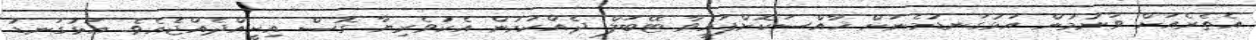
އެތެރެއަށް ވަނުމުން އަޅުގަނޑުމެނަށް ޚާއްސަކޮށްފައިވާ ޓޭބަލް ދެއްކުމުން އެކުވެރިޔާ ގޮސް އިށީއްދެއްޖެެއެވެ. އަޅުގަނޑު